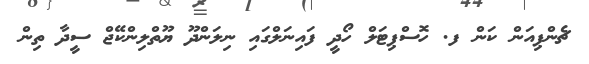
ޗެންޕިއަން ކަން ފ. ހޮސްޕިޓަލް ހޯދީ ފައިނަލްގައި ނިލަންދޫ ޔޫތްލިންކޭޖް ސީދާ ތިން